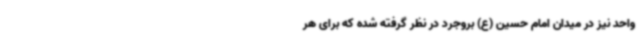
واحد نیز در میدان امام حسین (ع) بروجرد در نظر گرفته شده که برای هر